Reports on military cantonments and civil stations in the Presidency of Bombay inspected by the Sanitary Commissioner in the years 1875 and 1876
Year: 1875
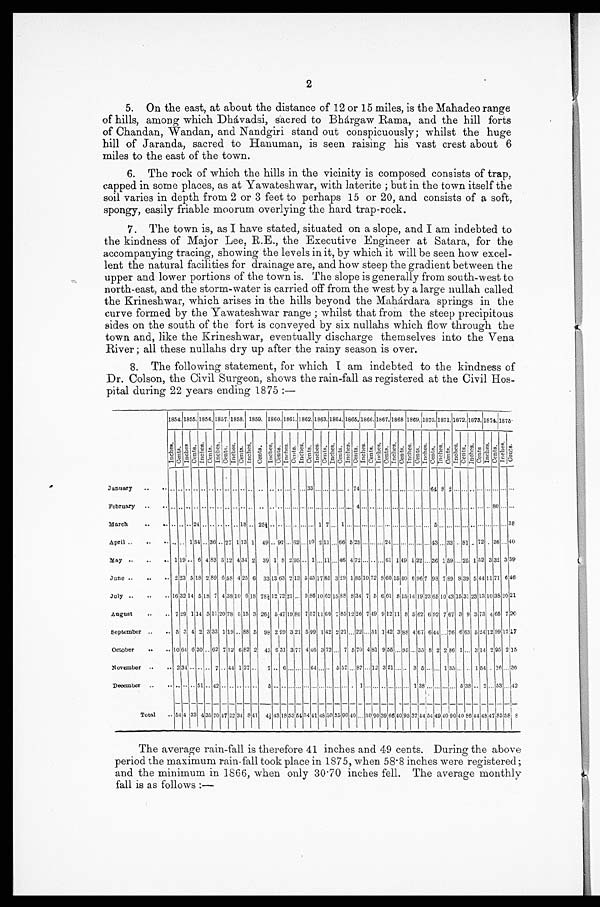
2
5. On the east, at about the distance of 12 or 15 miles, is the Mahadeo range
of hills, among which Dhávadsi, sacred to Bhárgaw Rama, and the hill forts
of Chandan, Wandan, and Nandgiri stand out conspicuously; whilst the huge
hill of Jaranda, sacred to Hanuman, is seen raising his vast crest about 6
miles to the east of the town.
6. The rock of which the hills in the vicinity is composed consists of trap,
capped in some places, as at Yawateshwar, with laterite; but in the town itself the
soil varies in depth from 2 or 3 feet to perhaps 15 or 20, and consists of a soft,
spongy, easily friable moorum overlying the hard trap-rock.
7. The town is, as I have stated, situated on a slope, and I am indebted to
the kindness of Major Lee, R.E., the Executive Engineer at Satara, for the
accompanying tracing, showing the levels in it, by which it will be seen how excel
- l e n t t h e n a t u r a l f a c i l i t i e s f o r d r a i n a g e a r e , a n d h o w s t e e p t h e g r a d i e n t b e t w e e n t h e
upper and lower portions of the town is. The slope is generally from south-west to
north-east, and the storm-water is carried off from the west by a large nullah called
the Krineshwar, which arises in the hills beyond the Mahárdara springs in the
curve formed by the Yawateshwar range; whilst that from the steep precipitous
sides on the south of the fort is conveyed by six nullahs which flow through the
town and, like the Krineshwar, eventually discharge themselves into the Vena
River; all these nullahs dry up after the rainy season is over.
8. The following statement, for which I am indebted to the kindness of
Dr. Colson, the Civil Surgeon, shows the rain-fall as registered at the Civil Hos
- p i t a l d u r i n g 2 2 y e a r s e n d i n g 1 8 7 5 : —
1854. 1855. 1856. 1857. 1858. 1859. 1860. 1861. 1862. 1863. 1864. 1865.
1 8 6 6 .
1 8 6 7 .
1 8 6 8 . 1869.
1 8 7 0 . 1871.
1 8 7 2 .
1 8 7 3 .
1 8 7 4 .
1875.
I n c h e s . C e n t s . I n c h e s .
C e n t s .
I n c h e s .
C e n t s .
I n c h e s .
C e n t s . I n c h e s .
C e n t s .
I n c h e s .
C e n t s .
I n c h e s .
C e n t s . I n c h e s . C e n t s .
I n c h e s .
C e n t s .
I n c h e s .
C e n t s . I n c h e s . C e n t s .
I n c h e s .
C e n t s . I n c h e s .
C e n t s .
I n c h e s .
C e n t s .
I n c h e s .
C e n t s .
I n c h e s .
C e n t s . I n c h e s . C e n t s .
I n c h e s . C e n t s . I n c h e s . C e n t s .
I n c h e s .
C e n t s .
I n c h e s .
C e n t s . I nches .
C e n t s .
January . . .
. . .. . . . . .
. . .. . . . . . . . . . . . . . . . . .
. . .
. . . . . . . . . . . . . . .
. . . 3 3 . . . . . . . . . . . . . . . 7 4 . . . . . . . . . . . . . . . . . . . . . . . . . . . 6 4 8 2 . . . . . . . . . . . . . . . . . .
. . .
. . .
February . . .
. . .. . . . . . . . .
. . . . . . . . . . . . . . . . . . . . .
. . . . . . . . . . . . . . .
. . . . . . . . . . . . . . . . . . . . . 4 . . . . . . . . . . . . . . . . . . . . . . . . . . . . . . . . . . . . . . . . . . . . . . . . . . . 8 0
. . .
. . .
March . . .
. . .. . . . . . 2 4
. . . . . . . . . . . . . . . 1 8 . . .
2 5 ½ . . .
. . . . . .
. . .. . . . . . 1 7 . . . 1 . . .
. . . . . . . . . . . . . . . . . . . . . . . . . . . . . . 5 . . . . . . . . . . . . . . . . . . . . . . . . . . . 3 8
April . . .
. . . . . . 1 54 . . . 36 . . . 27 1 13 1 49 . . .92 . . . 62 . . .10 2 11 . . .66 5 25 . . . . . . . . . 24 . . . . . . . . . . . . . . . 43 . . . 33 . . . 81 . . . 72 . . . 36 . . . 40
May . . .
1 19 . . . 6 4 83 5 12 4 34 2 39 1 8 2 95 . . . 1 . . . 11 . . . 46 4 72 . . . . . . . . . 61 1 49 1 22 . . . 36 1 59 . . . 25 1 52 3 32 3 39
June . . .
2 23 5 18 2 89 6 58 4 25 6 33 13 63 2 13 5 45 17 8 5 3 29 1 85 10 72 8 60 15 40 6 96 7 93 7 89 8 39 5 44 11 71 6 46
July . . .
16 32 14 5 18 7 4 38 10 6 18
7 8 ½ 1 2 72
2 1
. . . 9 8 6 10 6215 88 8 34 7 5 6
61 8 15 14 19 23 65 10 43 15 31 23 13 10 38 20 21
August . . .
7 29 1 14 5 11 20 78 5 15 3 26½ 5 47 19 86 7 57 11 60 7 85 12 26 7 49 9 12 11 8 5 62 6 92 7 67 3 9 3 73 4 65 7 20
September . . .
5 3 4 2 3 33 1 19 . . . 88 5 98 2 99 3 21 5 99 1 42 2 21 . . .
22 . . . 51 1 42 3 88 4 67 6 44 . . . 76 6 63 5 24 12 99 1 7 1 7
October . . .
10 64 6 30 . . . 62 7 12 6 82 2 43 6 31 3 77 4 46 3 72 . . . 7 5 70 4 81 9 55 . . . 95 . . . 35 8 2 2 86 1 . . . 3 14 2 95 2 15
November . . .
2 34 . . . . . . . . . 7 . . . 44 1 27 . . . 7 . . . 6 . . .. . . . . . 64 . . . . . . 5 57 . . . 87 . . . 12 3 51 . . . . . . 3 5 . . . . . . 1 35 . . . . . . 1 54 . . . 16 . . . 30
December . . .
. . . . . . . . . 5 1 . . . 4 2 . . . . . .
. . . . . . . . .
5 . . . . . . . . .
. . . . . . . . . . . .
. . . . . . . . . . . . 1 . . .
. . . . . . . . . . . .
. . . 1 3 8
. . . . . . . . . . . . 5 3 8 . . . 2 . . . 5 3 . . . 4 2
Total . . . 54 4 33 4 3 5 70
4 7 2 2 34 8 4 1
4½ 43 18 53 54 3 4 4 1 48 50 35 90 40 . . . 3 0
90 3 9 66 40 95 3 7 44 54 49 40 9 0 40 86 44 48 47 85 58 8
The average rain-fall is therefore 41 inches and 49 cents. During the above
period the maximum rain-fall took place in 1875, when 58.8 inches were registered;
and the minimum in 1866, when only 30.70 inches fell. The average monthly
fall is as follows:—